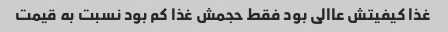
غذا کیفیتش عاالی بود فقط حجمش غذا کم بود نسبت به قیمت